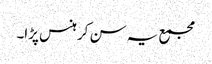
مجمع یہ سن کر ہنس پڑا۔